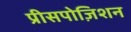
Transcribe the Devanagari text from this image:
प्रीसपोज़िशन